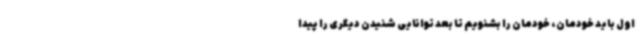
اول باید خودمان، خودمان را بشنویم تا بعد توانایی شنیدن دیگری را پیدا